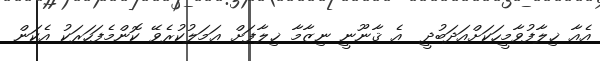
އެއާ ޚިލާފުވާމީހަކަށްއަދަބުދީ  އެ ޤާނޫނީ ނިޒާމާ ޚިލާފަށް ޢަމަލުކުރެވޭ ކޮންމެފަހަރަކު އެކަން